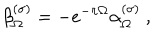
\beta _ { \Omega } ^ { ( \sigma ) } = - e ^ { - \pi \Omega } \alpha _ { \Omega } ^ { ( \sigma ) } \ ,